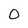
Character: 0